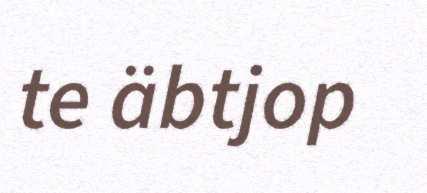
te äbtjop